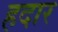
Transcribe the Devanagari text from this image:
हदार